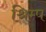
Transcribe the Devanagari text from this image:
श्रिम्‍प